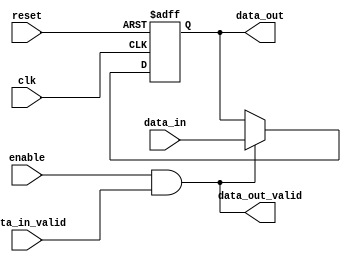
module Bypass_Register (
    input wire clk,
    input wire reset,
    input wire enable,
    input wire [7:0] data_in,
    input wire data_in_valid,
    output wire [7:0] data_out,
    output wire data_out_valid
);

reg [7:0] reg_data;

always @(posedge clk or posedge reset) begin
    if (reset) begin
        reg_data <= 8'b0;
    end else if (enable && data_in_valid) begin
        reg_data <= data_in;
    end
end

assign data_out = reg_data;
assign data_out_valid = data_in_valid && enable;

endmodule